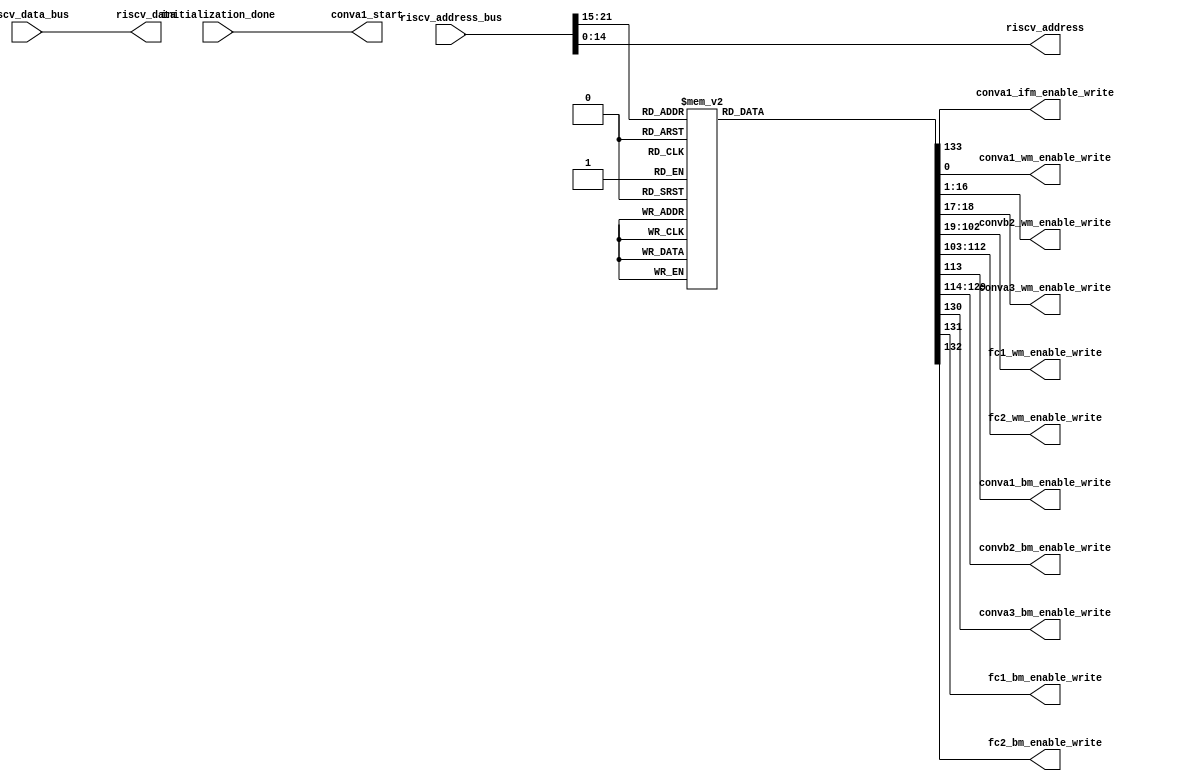
module 
 memory_control #(parameter
///////////advanced parameters//////////
	DATA_WIDTH 		       = 32,
///////////architecture parameters//////
	ADDRESS_BUS            = 22,                                                
    ADDRESS_BITS           = 15,
    ENABLE_BITS            = 7)

	(

    input [DATA_WIDTH-1:0] riscv_data_bus,
    input [ADDRESS_BUS-1:0] riscv_address_bus,
    input initialization_done, 
	output conva1_start,

	//1 indicates the input img is grayscale
	output [1-1:0] conva1_ifm_enable_write, 
	
	output [1-1:0] conva1_wm_enable_write,
	output [16-1:0] convb2_wm_enable_write,
	output [2-1:0] conva3_wm_enable_write,
	output [84-1:0] fc1_wm_enable_write,
	output [10-1:0] fc2_wm_enable_write,
	output conva1_bm_enable_write,
	output [16-1:0] convb2_bm_enable_write,
	output conva3_bm_enable_write,
	output fc1_bm_enable_write,
	output fc2_bm_enable_write,
	
	output [DATA_WIDTH-1:0] riscv_data,
    output [ADDRESS_BITS-1:0] riscv_address
	);
	
	reg [134-1:0] enable_write;
    wire [ENABLE_BITS-1:0] address_enable_bits;
	
    assign riscv_data          = riscv_data_bus;
    assign riscv_address       = riscv_address_bus[ADDRESS_BITS-1:0];
    
    assign address_enable_bits = riscv_address_bus[ADDRESS_BUS-1 : ADDRESS_BUS-ENABLE_BITS];
	
	assign    conva1_start = initialization_done;
	
	
	    always @*
		begin
        case(address_enable_bits)
			7'd1  : begin enable_write = 134'b00000000000000000000000000000000000000000000000000000000000000000000000000000000000000000000000000000000000000000000000000000000000001;end
			7'd2  : begin enable_write = 134'b00000000000000000000000000000000000000000000000000000000000000000000000000000000000000000000000000000000000000000000000000000000000010;end
			7'd3  : begin enable_write = 134'b00000000000000000000000000000000000000000000000000000000000000000000000000000000000000000000000000000000000000000000000000000000000100;end
			7'd4  : begin enable_write = 134'b00000000000000000000000000000000000000000000000000000000000000000000000000000000000000000000000000000000000000000000000000000000001000;end
			7'd5  : begin enable_write = 134'b00000000000000000000000000000000000000000000000000000000000000000000000000000000000000000000000000000000000000000000000000000000010000;end
			7'd6  : begin enable_write = 134'b00000000000000000000000000000000000000000000000000000000000000000000000000000000000000000000000000000000000000000000000000000000100000;end
			7'd7  : begin enable_write = 134'b00000000000000000000000000000000000000000000000000000000000000000000000000000000000000000000000000000000000000000000000000000001000000;end
			7'd8  : begin enable_write = 134'b00000000000000000000000000000000000000000000000000000000000000000000000000000000000000000000000000000000000000000000000000000010000000;end
			7'd9  : begin enable_write = 134'b00000000000000000000000000000000000000000000000000000000000000000000000000000000000000000000000000000000000000000000000000000100000000;end
			7'd10  : begin enable_write = 134'b00000000000000000000000000000000000000000000000000000000000000000000000000000000000000000000000000000000000000000000000000001000000000;end
			7'd11  : begin enable_write = 134'b00000000000000000000000000000000000000000000000000000000000000000000000000000000000000000000000000000000000000000000000000010000000000;end
			7'd12  : begin enable_write = 134'b00000000000000000000000000000000000000000000000000000000000000000000000000000000000000000000000000000000000000000000000000100000000000;end
			7'd13  : begin enable_write = 134'b00000000000000000000000000000000000000000000000000000000000000000000000000000000000000000000000000000000000000000000000001000000000000;end
			7'd14  : begin enable_write = 134'b00000000000000000000000000000000000000000000000000000000000000000000000000000000000000000000000000000000000000000000000010000000000000;end
			7'd15  : begin enable_write = 134'b00000000000000000000000000000000000000000000000000000000000000000000000000000000000000000000000000000000000000000000000100000000000000;end
			7'd16  : begin enable_write = 134'b00000000000000000000000000000000000000000000000000000000000000000000000000000000000000000000000000000000000000000000001000000000000000;end
			7'd17  : begin enable_write = 134'b00000000000000000000000000000000000000000000000000000000000000000000000000000000000000000000000000000000000000000000010000000000000000;end
			7'd18  : begin enable_write = 134'b00000000000000000000000000000000000000000000000000000000000000000000000000000000000000000000000000000000000000000000100000000000000000;end
			7'd19  : begin enable_write = 134'b00000000000000000000000000000000000000000000000000000000000000000000000000000000000000000000000000000000000000000001000000000000000000;end
			7'd20  : begin enable_write = 134'b00000000000000000000000000000000000000000000000000000000000000000000000000000000000000000000000000000000000000000010000000000000000000;end
			7'd21  : begin enable_write = 134'b00000000000000000000000000000000000000000000000000000000000000000000000000000000000000000000000000000000000000000100000000000000000000;end
			7'd22  : begin enable_write = 134'b00000000000000000000000000000000000000000000000000000000000000000000000000000000000000000000000000000000000000001000000000000000000000;end
			7'd23  : begin enable_write = 134'b00000000000000000000000000000000000000000000000000000000000000000000000000000000000000000000000000000000000000010000000000000000000000;end
			7'd24  : begin enable_write = 134'b00000000000000000000000000000000000000000000000000000000000000000000000000000000000000000000000000000000000000100000000000000000000000;end
			7'd25  : begin enable_write = 134'b00000000000000000000000000000000000000000000000000000000000000000000000000000000000000000000000000000000000001000000000000000000000000;end
			7'd26  : begin enable_write = 134'b00000000000000000000000000000000000000000000000000000000000000000000000000000000000000000000000000000000000010000000000000000000000000;end
			7'd27  : begin enable_write = 134'b00000000000000000000000000000000000000000000000000000000000000000000000000000000000000000000000000000000000100000000000000000000000000;end
			7'd28  : begin enable_write = 134'b00000000000000000000000000000000000000000000000000000000000000000000000000000000000000000000000000000000001000000000000000000000000000;end
			7'd29  : begin enable_write = 134'b00000000000000000000000000000000000000000000000000000000000000000000000000000000000000000000000000000000010000000000000000000000000000;end
			7'd30  : begin enable_write = 134'b00000000000000000000000000000000000000000000000000000000000000000000000000000000000000000000000000000000100000000000000000000000000000;end
			7'd31  : begin enable_write = 134'b00000000000000000000000000000000000000000000000000000000000000000000000000000000000000000000000000000001000000000000000000000000000000;end
			7'd32  : begin enable_write = 134'b00000000000000000000000000000000000000000000000000000000000000000000000000000000000000000000000000000010000000000000000000000000000000;end
			7'd33  : begin enable_write = 134'b00000000000000000000000000000000000000000000000000000000000000000000000000000000000000000000000000000100000000000000000000000000000000;end
			7'd34  : begin enable_write = 134'b00000000000000000000000000000000000000000000000000000000000000000000000000000000000000000000000000001000000000000000000000000000000000;end
			7'd35  : begin enable_write = 134'b00000000000000000000000000000000000000000000000000000000000000000000000000000000000000000000000000010000000000000000000000000000000000;end
			7'd36  : begin enable_write = 134'b00000000000000000000000000000000000000000000000000000000000000000000000000000000000000000000000000100000000000000000000000000000000000;end
			7'd37  : begin enable_write = 134'b00000000000000000000000000000000000000000000000000000000000000000000000000000000000000000000000001000000000000000000000000000000000000;end
			7'd38  : begin enable_write = 134'b00000000000000000000000000000000000000000000000000000000000000000000000000000000000000000000000010000000000000000000000000000000000000;end
			7'd39  : begin enable_write = 134'b00000000000000000000000000000000000000000000000000000000000000000000000000000000000000000000000100000000000000000000000000000000000000;end
			7'd40  : begin enable_write = 134'b00000000000000000000000000000000000000000000000000000000000000000000000000000000000000000000001000000000000000000000000000000000000000;end
			7'd41  : begin enable_write = 134'b00000000000000000000000000000000000000000000000000000000000000000000000000000000000000000000010000000000000000000000000000000000000000;end
			7'd42  : begin enable_write = 134'b00000000000000000000000000000000000000000000000000000000000000000000000000000000000000000000100000000000000000000000000000000000000000;end
			7'd43  : begin enable_write = 134'b00000000000000000000000000000000000000000000000000000000000000000000000000000000000000000001000000000000000000000000000000000000000000;end
			7'd44  : begin enable_write = 134'b00000000000000000000000000000000000000000000000000000000000000000000000000000000000000000010000000000000000000000000000000000000000000;end
			7'd45  : begin enable_write = 134'b00000000000000000000000000000000000000000000000000000000000000000000000000000000000000000100000000000000000000000000000000000000000000;end
			7'd46  : begin enable_write = 134'b00000000000000000000000000000000000000000000000000000000000000000000000000000000000000001000000000000000000000000000000000000000000000;end
			7'd47  : begin enable_write = 134'b00000000000000000000000000000000000000000000000000000000000000000000000000000000000000010000000000000000000000000000000000000000000000;end
			7'd48  : begin enable_write = 134'b00000000000000000000000000000000000000000000000000000000000000000000000000000000000000100000000000000000000000000000000000000000000000;end
			7'd49  : begin enable_write = 134'b00000000000000000000000000000000000000000000000000000000000000000000000000000000000001000000000000000000000000000000000000000000000000;end
			7'd50  : begin enable_write = 134'b00000000000000000000000000000000000000000000000000000000000000000000000000000000000010000000000000000000000000000000000000000000000000;end
			7'd51  : begin enable_write = 134'b00000000000000000000000000000000000000000000000000000000000000000000000000000000000100000000000000000000000000000000000000000000000000;end
			7'd52  : begin enable_write = 134'b00000000000000000000000000000000000000000000000000000000000000000000000000000000001000000000000000000000000000000000000000000000000000;end
			7'd53  : begin enable_write = 134'b00000000000000000000000000000000000000000000000000000000000000000000000000000000010000000000000000000000000000000000000000000000000000;end
			7'd54  : begin enable_write = 134'b00000000000000000000000000000000000000000000000000000000000000000000000000000000100000000000000000000000000000000000000000000000000000;end
			7'd55  : begin enable_write = 134'b00000000000000000000000000000000000000000000000000000000000000000000000000000001000000000000000000000000000000000000000000000000000000;end
			7'd56  : begin enable_write = 134'b00000000000000000000000000000000000000000000000000000000000000000000000000000010000000000000000000000000000000000000000000000000000000;end
			7'd57  : begin enable_write = 134'b00000000000000000000000000000000000000000000000000000000000000000000000000000100000000000000000000000000000000000000000000000000000000;end
			7'd58  : begin enable_write = 134'b00000000000000000000000000000000000000000000000000000000000000000000000000001000000000000000000000000000000000000000000000000000000000;end
			7'd59  : begin enable_write = 134'b00000000000000000000000000000000000000000000000000000000000000000000000000010000000000000000000000000000000000000000000000000000000000;end
			7'd60  : begin enable_write = 134'b00000000000000000000000000000000000000000000000000000000000000000000000000100000000000000000000000000000000000000000000000000000000000;end
			7'd61  : begin enable_write = 134'b00000000000000000000000000000000000000000000000000000000000000000000000001000000000000000000000000000000000000000000000000000000000000;end
			7'd62  : begin enable_write = 134'b00000000000000000000000000000000000000000000000000000000000000000000000010000000000000000000000000000000000000000000000000000000000000;end
			7'd63  : begin enable_write = 134'b00000000000000000000000000000000000000000000000000000000000000000000000100000000000000000000000000000000000000000000000000000000000000;end
			7'd64  : begin enable_write = 134'b00000000000000000000000000000000000000000000000000000000000000000000001000000000000000000000000000000000000000000000000000000000000000;end
			7'd65  : begin enable_write = 134'b00000000000000000000000000000000000000000000000000000000000000000000010000000000000000000000000000000000000000000000000000000000000000;end
			7'd66  : begin enable_write = 134'b00000000000000000000000000000000000000000000000000000000000000000000100000000000000000000000000000000000000000000000000000000000000000;end
			7'd67  : begin enable_write = 134'b00000000000000000000000000000000000000000000000000000000000000000001000000000000000000000000000000000000000000000000000000000000000000;end
			7'd68  : begin enable_write = 134'b00000000000000000000000000000000000000000000000000000000000000000010000000000000000000000000000000000000000000000000000000000000000000;end
			7'd69  : begin enable_write = 134'b00000000000000000000000000000000000000000000000000000000000000000100000000000000000000000000000000000000000000000000000000000000000000;end
			7'd70  : begin enable_write = 134'b00000000000000000000000000000000000000000000000000000000000000001000000000000000000000000000000000000000000000000000000000000000000000;end
			7'd71  : begin enable_write = 134'b00000000000000000000000000000000000000000000000000000000000000010000000000000000000000000000000000000000000000000000000000000000000000;end
			7'd72  : begin enable_write = 134'b00000000000000000000000000000000000000000000000000000000000000100000000000000000000000000000000000000000000000000000000000000000000000;end
			7'd73  : begin enable_write = 134'b00000000000000000000000000000000000000000000000000000000000001000000000000000000000000000000000000000000000000000000000000000000000000;end
			7'd74  : begin enable_write = 134'b00000000000000000000000000000000000000000000000000000000000010000000000000000000000000000000000000000000000000000000000000000000000000;end
			7'd75  : begin enable_write = 134'b00000000000000000000000000000000000000000000000000000000000100000000000000000000000000000000000000000000000000000000000000000000000000;end
			7'd76  : begin enable_write = 134'b00000000000000000000000000000000000000000000000000000000001000000000000000000000000000000000000000000000000000000000000000000000000000;end
			7'd77  : begin enable_write = 134'b00000000000000000000000000000000000000000000000000000000010000000000000000000000000000000000000000000000000000000000000000000000000000;end
			7'd78  : begin enable_write = 134'b00000000000000000000000000000000000000000000000000000000100000000000000000000000000000000000000000000000000000000000000000000000000000;end
			7'd79  : begin enable_write = 134'b00000000000000000000000000000000000000000000000000000001000000000000000000000000000000000000000000000000000000000000000000000000000000;end
			7'd80  : begin enable_write = 134'b00000000000000000000000000000000000000000000000000000010000000000000000000000000000000000000000000000000000000000000000000000000000000;end
			7'd81  : begin enable_write = 134'b00000000000000000000000000000000000000000000000000000100000000000000000000000000000000000000000000000000000000000000000000000000000000;end
			7'd82  : begin enable_write = 134'b00000000000000000000000000000000000000000000000000001000000000000000000000000000000000000000000000000000000000000000000000000000000000;end
			7'd83  : begin enable_write = 134'b00000000000000000000000000000000000000000000000000010000000000000000000000000000000000000000000000000000000000000000000000000000000000;end
			7'd84  : begin enable_write = 134'b00000000000000000000000000000000000000000000000000100000000000000000000000000000000000000000000000000000000000000000000000000000000000;end
			7'd85  : begin enable_write = 134'b00000000000000000000000000000000000000000000000001000000000000000000000000000000000000000000000000000000000000000000000000000000000000;end
			7'd86  : begin enable_write = 134'b00000000000000000000000000000000000000000000000010000000000000000000000000000000000000000000000000000000000000000000000000000000000000;end
			7'd87  : begin enable_write = 134'b00000000000000000000000000000000000000000000000100000000000000000000000000000000000000000000000000000000000000000000000000000000000000;end
			7'd88  : begin enable_write = 134'b00000000000000000000000000000000000000000000001000000000000000000000000000000000000000000000000000000000000000000000000000000000000000;end
			7'd89  : begin enable_write = 134'b00000000000000000000000000000000000000000000010000000000000000000000000000000000000000000000000000000000000000000000000000000000000000;end
			7'd90  : begin enable_write = 134'b00000000000000000000000000000000000000000000100000000000000000000000000000000000000000000000000000000000000000000000000000000000000000;end
			7'd91  : begin enable_write = 134'b00000000000000000000000000000000000000000001000000000000000000000000000000000000000000000000000000000000000000000000000000000000000000;end
			7'd92  : begin enable_write = 134'b00000000000000000000000000000000000000000010000000000000000000000000000000000000000000000000000000000000000000000000000000000000000000;end
			7'd93  : begin enable_write = 134'b00000000000000000000000000000000000000000100000000000000000000000000000000000000000000000000000000000000000000000000000000000000000000;end
			7'd94  : begin enable_write = 134'b00000000000000000000000000000000000000001000000000000000000000000000000000000000000000000000000000000000000000000000000000000000000000;end
			7'd95  : begin enable_write = 134'b00000000000000000000000000000000000000010000000000000000000000000000000000000000000000000000000000000000000000000000000000000000000000;end
			7'd96  : begin enable_write = 134'b00000000000000000000000000000000000000100000000000000000000000000000000000000000000000000000000000000000000000000000000000000000000000;end
			7'd97  : begin enable_write = 134'b00000000000000000000000000000000000001000000000000000000000000000000000000000000000000000000000000000000000000000000000000000000000000;end
			7'd98  : begin enable_write = 134'b00000000000000000000000000000000000010000000000000000000000000000000000000000000000000000000000000000000000000000000000000000000000000;end
			7'd99  : begin enable_write = 134'b00000000000000000000000000000000000100000000000000000000000000000000000000000000000000000000000000000000000000000000000000000000000000;end
			7'd100  : begin enable_write = 134'b00000000000000000000000000000000001000000000000000000000000000000000000000000000000000000000000000000000000000000000000000000000000000;end
			7'd101  : begin enable_write = 134'b00000000000000000000000000000000010000000000000000000000000000000000000000000000000000000000000000000000000000000000000000000000000000;end
			7'd102  : begin enable_write = 134'b00000000000000000000000000000000100000000000000000000000000000000000000000000000000000000000000000000000000000000000000000000000000000;end
			7'd103  : begin enable_write = 134'b00000000000000000000000000000001000000000000000000000000000000000000000000000000000000000000000000000000000000000000000000000000000000;end
			7'd104  : begin enable_write = 134'b00000000000000000000000000000010000000000000000000000000000000000000000000000000000000000000000000000000000000000000000000000000000000;end
			7'd105  : begin enable_write = 134'b00000000000000000000000000000100000000000000000000000000000000000000000000000000000000000000000000000000000000000000000000000000000000;end
			7'd106  : begin enable_write = 134'b00000000000000000000000000001000000000000000000000000000000000000000000000000000000000000000000000000000000000000000000000000000000000;end
			7'd107  : begin enable_write = 134'b00000000000000000000000000010000000000000000000000000000000000000000000000000000000000000000000000000000000000000000000000000000000000;end
			7'd108  : begin enable_write = 134'b00000000000000000000000000100000000000000000000000000000000000000000000000000000000000000000000000000000000000000000000000000000000000;end
			7'd109  : begin enable_write = 134'b00000000000000000000000001000000000000000000000000000000000000000000000000000000000000000000000000000000000000000000000000000000000000;end
			7'd110  : begin enable_write = 134'b00000000000000000000000010000000000000000000000000000000000000000000000000000000000000000000000000000000000000000000000000000000000000;end
			7'd111  : begin enable_write = 134'b00000000000000000000000100000000000000000000000000000000000000000000000000000000000000000000000000000000000000000000000000000000000000;end
			7'd112  : begin enable_write = 134'b00000000000000000000001000000000000000000000000000000000000000000000000000000000000000000000000000000000000000000000000000000000000000;end
			7'd113  : begin enable_write = 134'b00000000000000000000010000000000000000000000000000000000000000000000000000000000000000000000000000000000000000000000000000000000000000;end
			7'd114  : begin enable_write = 134'b00000000000000000000100000000000000000000000000000000000000000000000000000000000000000000000000000000000000000000000000000000000000000;end
			7'd115  : begin enable_write = 134'b00000000000000000001000000000000000000000000000000000000000000000000000000000000000000000000000000000000000000000000000000000000000000;end
			7'd116  : begin enable_write = 134'b00000000000000000010000000000000000000000000000000000000000000000000000000000000000000000000000000000000000000000000000000000000000000;end
			7'd117  : begin enable_write = 134'b00000000000000000100000000000000000000000000000000000000000000000000000000000000000000000000000000000000000000000000000000000000000000;end
			7'd118  : begin enable_write = 134'b00000000000000001000000000000000000000000000000000000000000000000000000000000000000000000000000000000000000000000000000000000000000000;end
			7'd119  : begin enable_write = 134'b00000000000000010000000000000000000000000000000000000000000000000000000000000000000000000000000000000000000000000000000000000000000000;end
			7'd120  : begin enable_write = 134'b00000000000000100000000000000000000000000000000000000000000000000000000000000000000000000000000000000000000000000000000000000000000000;end
			7'd121  : begin enable_write = 134'b00000000000001000000000000000000000000000000000000000000000000000000000000000000000000000000000000000000000000000000000000000000000000;end
			7'd122  : begin enable_write = 134'b00000000000010000000000000000000000000000000000000000000000000000000000000000000000000000000000000000000000000000000000000000000000000;end
			7'd123  : begin enable_write = 134'b00000000000100000000000000000000000000000000000000000000000000000000000000000000000000000000000000000000000000000000000000000000000000;end
			7'd124  : begin enable_write = 134'b00000000001000000000000000000000000000000000000000000000000000000000000000000000000000000000000000000000000000000000000000000000000000;end
			7'd125  : begin enable_write = 134'b00000000010000000000000000000000000000000000000000000000000000000000000000000000000000000000000000000000000000000000000000000000000000;end
			7'd126  : begin enable_write = 134'b00000000100000000000000000000000000000000000000000000000000000000000000000000000000000000000000000000000000000000000000000000000000000;end
			7'd127  : begin enable_write = 134'b00000001000000000000000000000000000000000000000000000000000000000000000000000000000000000000000000000000000000000000000000000000000000;end
			7'd128  : begin enable_write = 134'b00000010000000000000000000000000000000000000000000000000000000000000000000000000000000000000000000000000000000000000000000000000000000;end
			7'd129  : begin enable_write = 134'b00000100000000000000000000000000000000000000000000000000000000000000000000000000000000000000000000000000000000000000000000000000000000;end
			7'd130  : begin enable_write = 134'b00001000000000000000000000000000000000000000000000000000000000000000000000000000000000000000000000000000000000000000000000000000000000;end
			7'd131  : begin enable_write = 134'b00010000000000000000000000000000000000000000000000000000000000000000000000000000000000000000000000000000000000000000000000000000000000;end
			7'd132  : begin enable_write = 134'b00100000000000000000000000000000000000000000000000000000000000000000000000000000000000000000000000000000000000000000000000000000000000;end
			7'd133  : begin enable_write = 134'b01000000000000000000000000000000000000000000000000000000000000000000000000000000000000000000000000000000000000000000000000000000000000;end
			7'd134  : begin enable_write = 134'b10000000000000000000000000000000000000000000000000000000000000000000000000000000000000000000000000000000000000000000000000000000000000;end

			default : begin enable_write = 134'b00000000000000000000000000000000000000000000000000000000000000000000000000000000000000000000000000000000000000000000000000000000000000;end

		endcase
	end



assign conva1_ifm_enable_write = enable_write[133:133];

	assign conva1_wm_enable_write = enable_write[0:0];
	assign convb2_wm_enable_write = enable_write[16:1];
	assign conva3_wm_enable_write = enable_write[18:17];
	assign fc1_wm_enable_write = enable_write[102:19];
	assign fc2_wm_enable_write = enable_write[112:103];

	assign conva1_bm_enable_write = enable_write[113];
	assign convb2_bm_enable_write = enable_write[129:114];
	assign conva3_bm_enable_write = enable_write[130];
	assign fc1_bm_enable_write = enable_write[131];
	assign fc2_bm_enable_write = enable_write[132];
endmodule